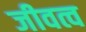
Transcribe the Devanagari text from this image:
जीवत्व